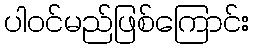
ပါဝင်မည်ဖြစ်ကြောင်း